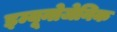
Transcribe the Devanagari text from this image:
इम्यूनोजेनिक